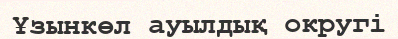
Ұзынкөл ауылдық округі